Vaccination report Assam 1874-1896 - 1874-1896
Year: 1874
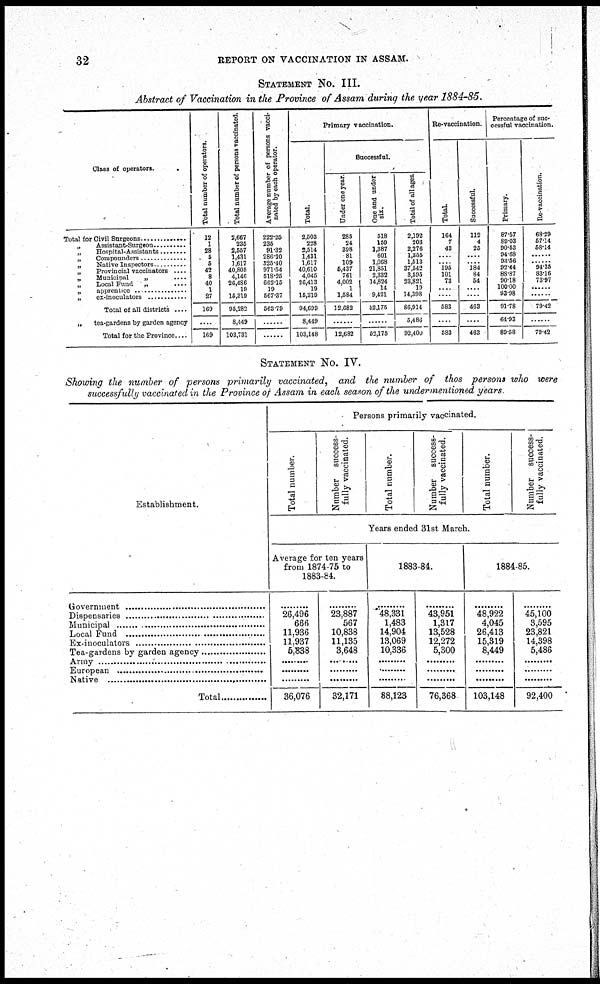
32
REPORT ON VACCINATION IN ASSAM.
STATEMENT NO. III.
Abstract of Vaccination in the Province of Assam during the year 1884-85.
Class of operators.
Total for Civil Surgeons .............
„ Assistant-Surgeon .............
„ Hospital- Assistants ..........
„ Compounders ...........
„ Native Inspectors ...........
„ Provincial vaccinators ......
„
Municipal
„
....
„
Local Fund
„
....
„ apprentice ..............
„ ex-inoculators ...........
Total of all districts ....
„
tea-gardens by garden agency
Total for the Province....
Total number of operators.
12
1
28
5
5
42
8
40
1
27
169
....
169
Total number of persons vaccinated.
2,667
235
2,557
1,431
1,617
40,805
4,146
26,486
10
15,310
95,282
8,449
103,731
Average number of persons vacci-
nated by each operator.
222.26
235
91.32
286.20
325.40
971.54
518.25
662.15
19
567.37
568.79
......
......
Primary vaccination.
Total.
2,503
228
2,514
1,431
1,617
40,610
4,045
26,413
19
15,319
94,699
8,449
103,148
Successful.
Under one year
285
24
398
81
109
5,437
761
4,002
1
1,584
12,682
......
12,682
One and under
six.
518
159
1,387
601
1,068
21,851
2,332
14,824
14
9,421
52,175
......
52,175
Total of all ages.
2,192
203
2,276
1,855
1,513
87,542
3,595
23,821
19
14,398
86,914
5,486
92,400
Re-vaccination.
Total.
164
7
43
....
195
101
73
....
....
583
....
583
Successful
112
4
25
....
.... 184
84
54
....
....
463
....
463
Percentage of suc-
cessful vaccination.
Primary.
87.57
89.03
90.53
94.68
93.56
92.44
88.87
90.18
100.00
93.98
91.78
64.93
89.58
Re-vaccination.
68.29
57.14
68.14
......
...... 94.35
83.16
73.97
......
......
79.42
......
79.42
STATEMENT NO. IV.
Showing the number of persons primarily vaccinated, and the number of thos persons who were
successfully vaccinated in the Province of Assam in each season of the undermentioned years
Establishment.
Government ..............................
Dispensaries ........................
Municipal ................................
Local Fund ........................
Ex-inoculators ...........................
Tea-gardens by garden agency ...................
Army ..................................
European .......................................
Native ...................................................
Total .......................
Persons primarily vaccinated.
Total number.
Number success-
fully vaccinated.
Total number.
Number success-
fully vaccinated.
Total number.
Number success-
fully vaccinated.
Years ended 31st March.
Average for ten years
from 1874-75 to
1883-84.
.........
26,496
666
11,936
11,937
5,838
.........
.........
.........
36,076
.........
23,887
567
10,838
11,135
3,648
.........
.........
.........
32,171
1883-84.
.........
48,331
1,483
14,904
13,069
10,336
.........
.........
.........
88,123
.........
43,951
1,317
13,528
12,272
5,300
.........
.........
.........
76,368
1884-85.
.........
48,922
4,045
26,413
15,319
8,449
.........
.........
.........
103,148
.........
45,100
3,595
23,821
14,398
5,486
.........
.........
.........
92,400